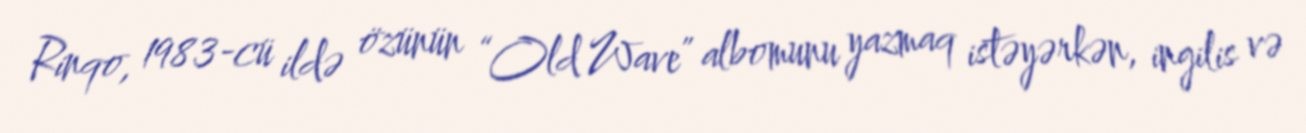
Rinqo, 1983-cü ildə özünün “Old Wave” albomunu yazmaq istəyərkən, ingilis və